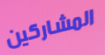
المشاركين